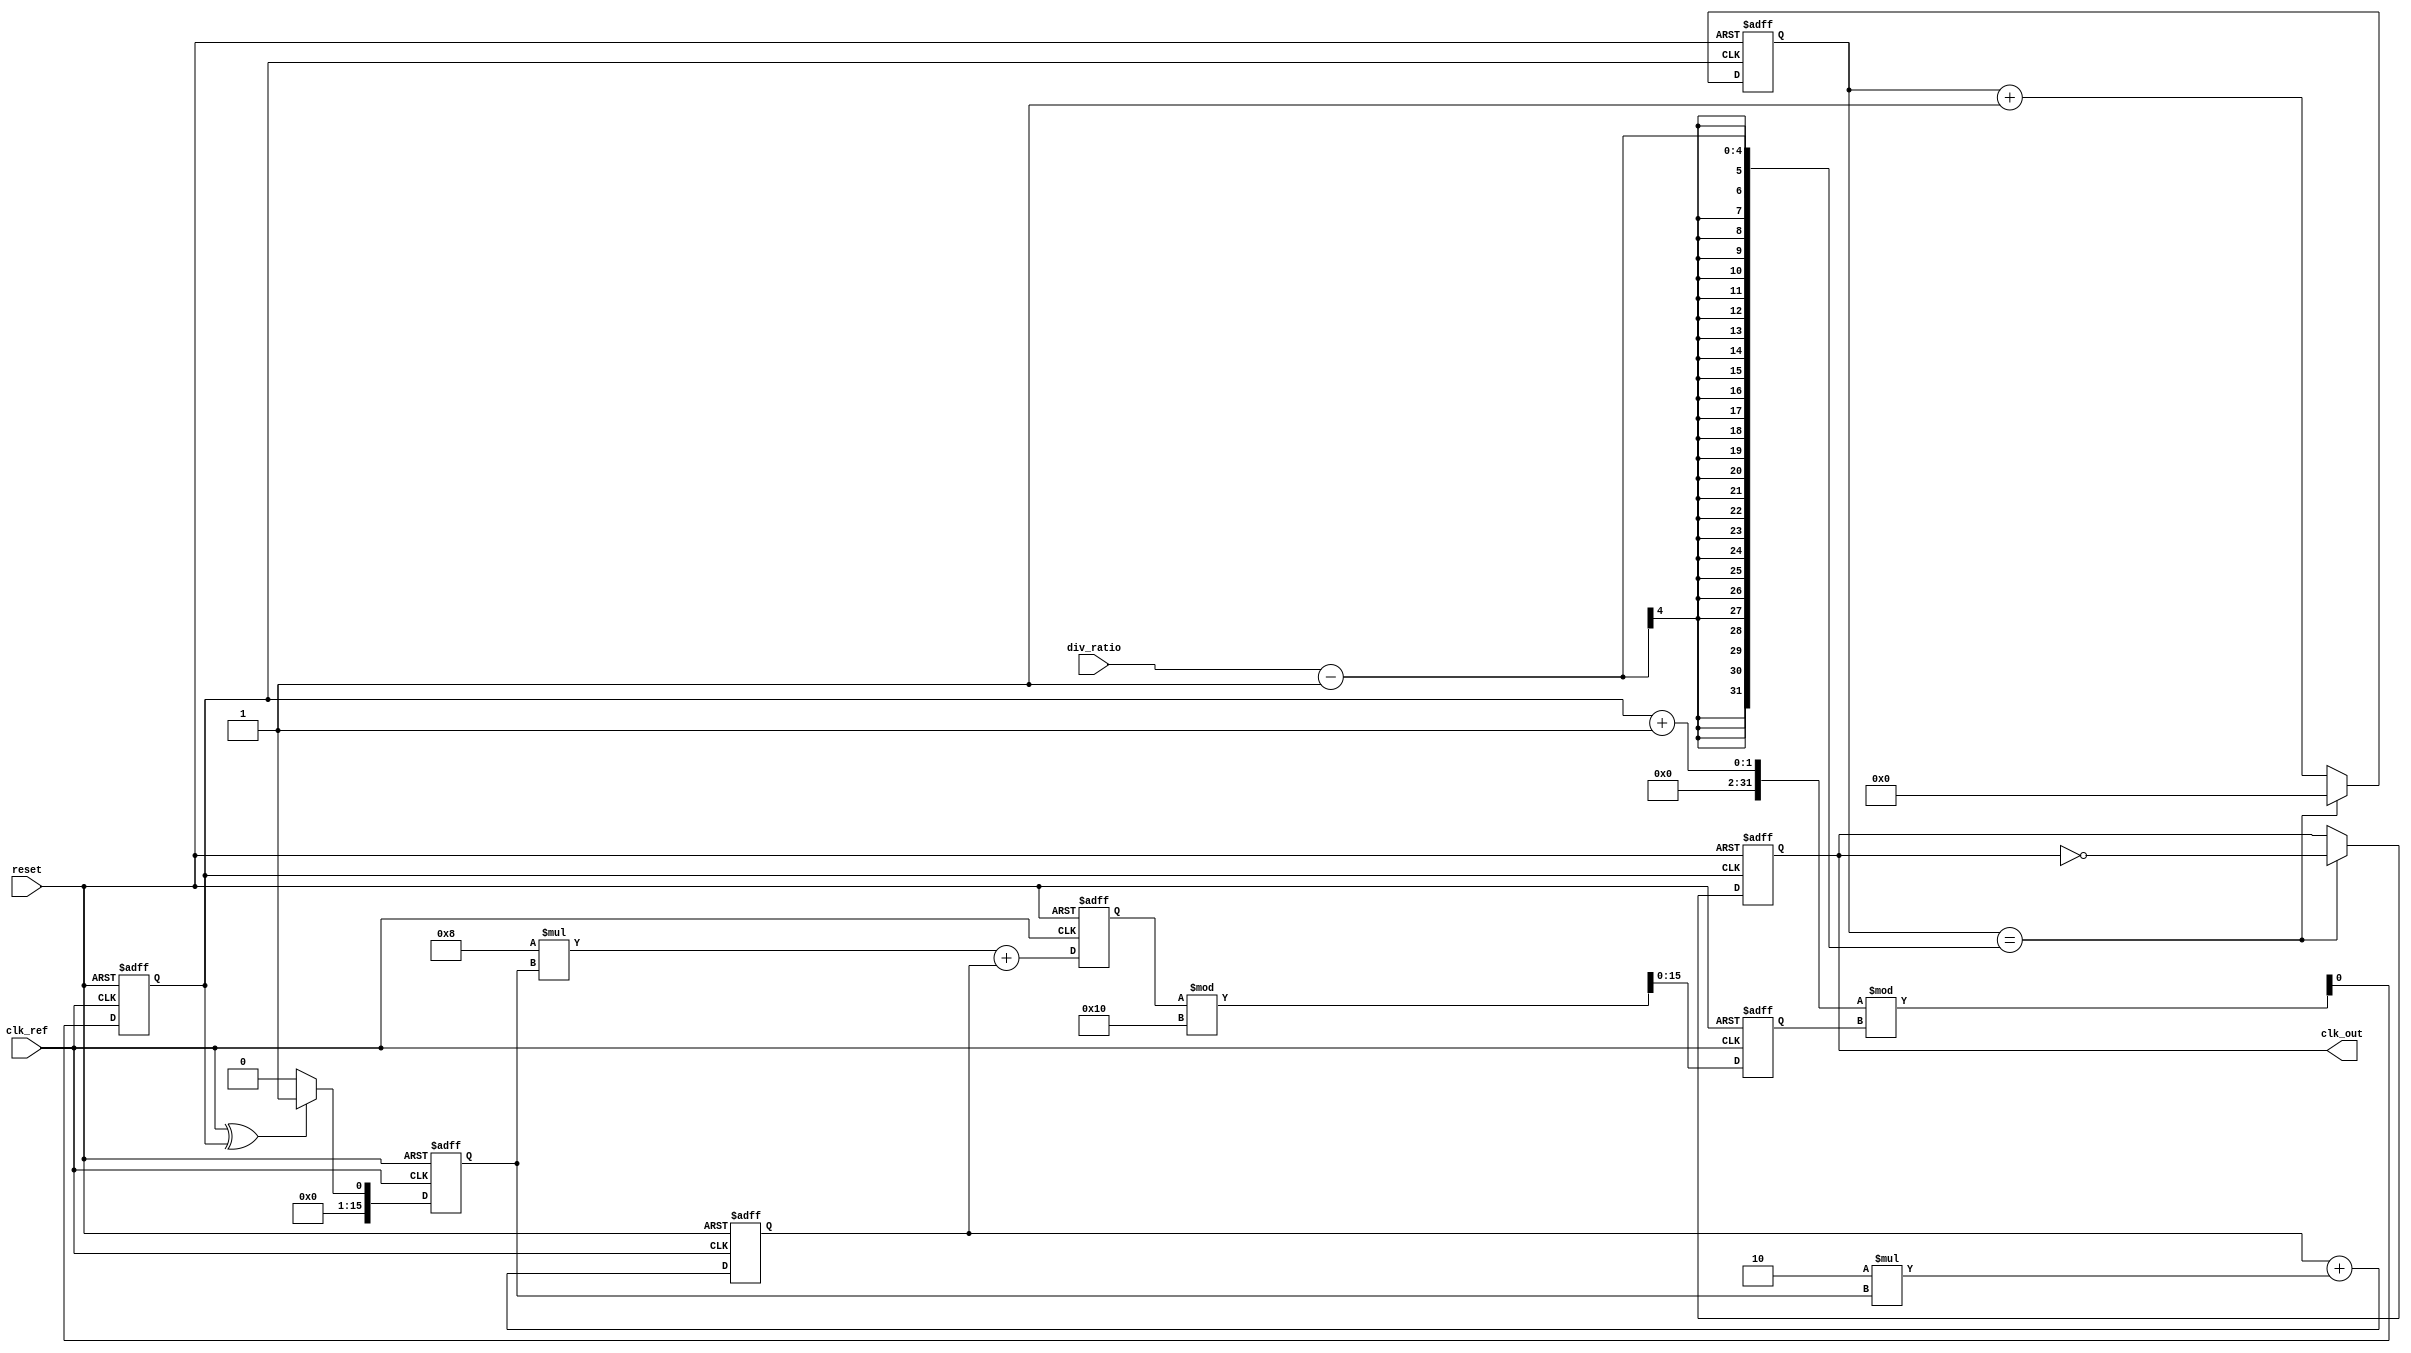
module type2_pll (
    input wire clk_ref,          // Reference clock input
    input wire reset,            // Asynchronous reset
    input wire [3:0] div_ratio,  // Programmable division ratio
    output reg clk_out           // Output clock
);

// Parameters
parameter N = 16;               // VCO frequency multiplier
parameter Kp = 8;               // Proportional gain
parameter Ki = 2;               // Integral gain

// Internal signals
reg [N-1:0] vco_freq;           // VCO frequency
reg [N-1:0] phase_error;        // Phase error signal
reg [N-1:0] control_voltage;     // Control voltage to VCO
reg [N-1:0] integrator;         // Integrator for loop filter
reg clk_vco;                    // VCO clock output
reg [3:0] counter;              // Counter for feedback division

// Phase Detector
always @(posedge clk_ref or posedge reset) begin
    if (reset) begin
        phase_error <= 0;
    end else begin
        // Simple phase detector logic (XOR for example)
        phase_error <= (clk_ref ^ clk_vco) ? 1 : 0;
    end
end

// Loop Filter (Type-2)
always @(posedge clk_ref or posedge reset) begin
    if (reset) begin
        integrator <= 0;
        control_voltage <= 0;
    end else begin
        // Proportional term
        control_voltage <= Kp * phase_error + integrator;
        
        // Integrator term
        integrator <= integrator + (Ki * phase_error);
    end
end

// Voltage-Controlled Oscillator (VCO)
always @(posedge clk_ref or posedge reset) begin
    if (reset) begin
        vco_freq <= 0;
        clk_vco <= 0;
    end else begin
        // Adjust VCO frequency based on control voltage
        vco_freq <= control_voltage % N; // Example frequency adjustment
        clk_vco <= (clk_vco + 1) % vco_freq; // Generate VCO clock
    end
end

// Feedback Divider
always @(posedge clk_vco or posedge reset) begin
    if (reset) begin
        counter <= 0;
        clk_out <= 0;
    end else begin
        if (counter == div_ratio - 1) begin
            clk_out <= ~clk_out; // Toggle output clock
            counter <= 0; // Reset counter
        end else begin
            counter <= counter + 1; // Increment counter
        end
    end
end

endmodule